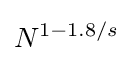
N^{1-1.8/s}